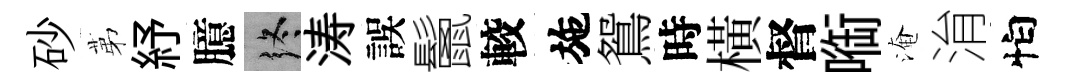
砂苐紓臆终涛誤鬛較施鴛時橫督㗸淹㳙怕